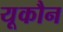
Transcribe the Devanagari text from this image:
यूकौन